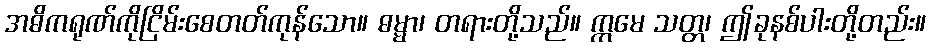
အဓိကရုဏ်ကိုငြိမ်းစေတတ်ကုန်သော။ ဓမ္မာ၊ တရားတို့သည်။ ဣမေ သတ္တ၊ ဤခုနစ်ပါးတို့တည်း။